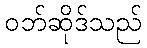
ဝဘ်ဆိုဒ်သည်